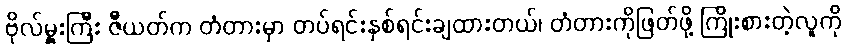
ဗိုလ်မှူးကြီး ဇီယတ်က တံတားမှာ တပ်ရင်းနှစ်ရင်းချထားတယ်၊ တံတားကိုဖြတ်ဖို့ ကြိုးစားတဲ့လူကို